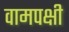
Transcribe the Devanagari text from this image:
वामपक्षी